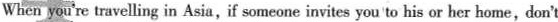
When you're travelling in Asia, if someone invites you to his or her home, don't